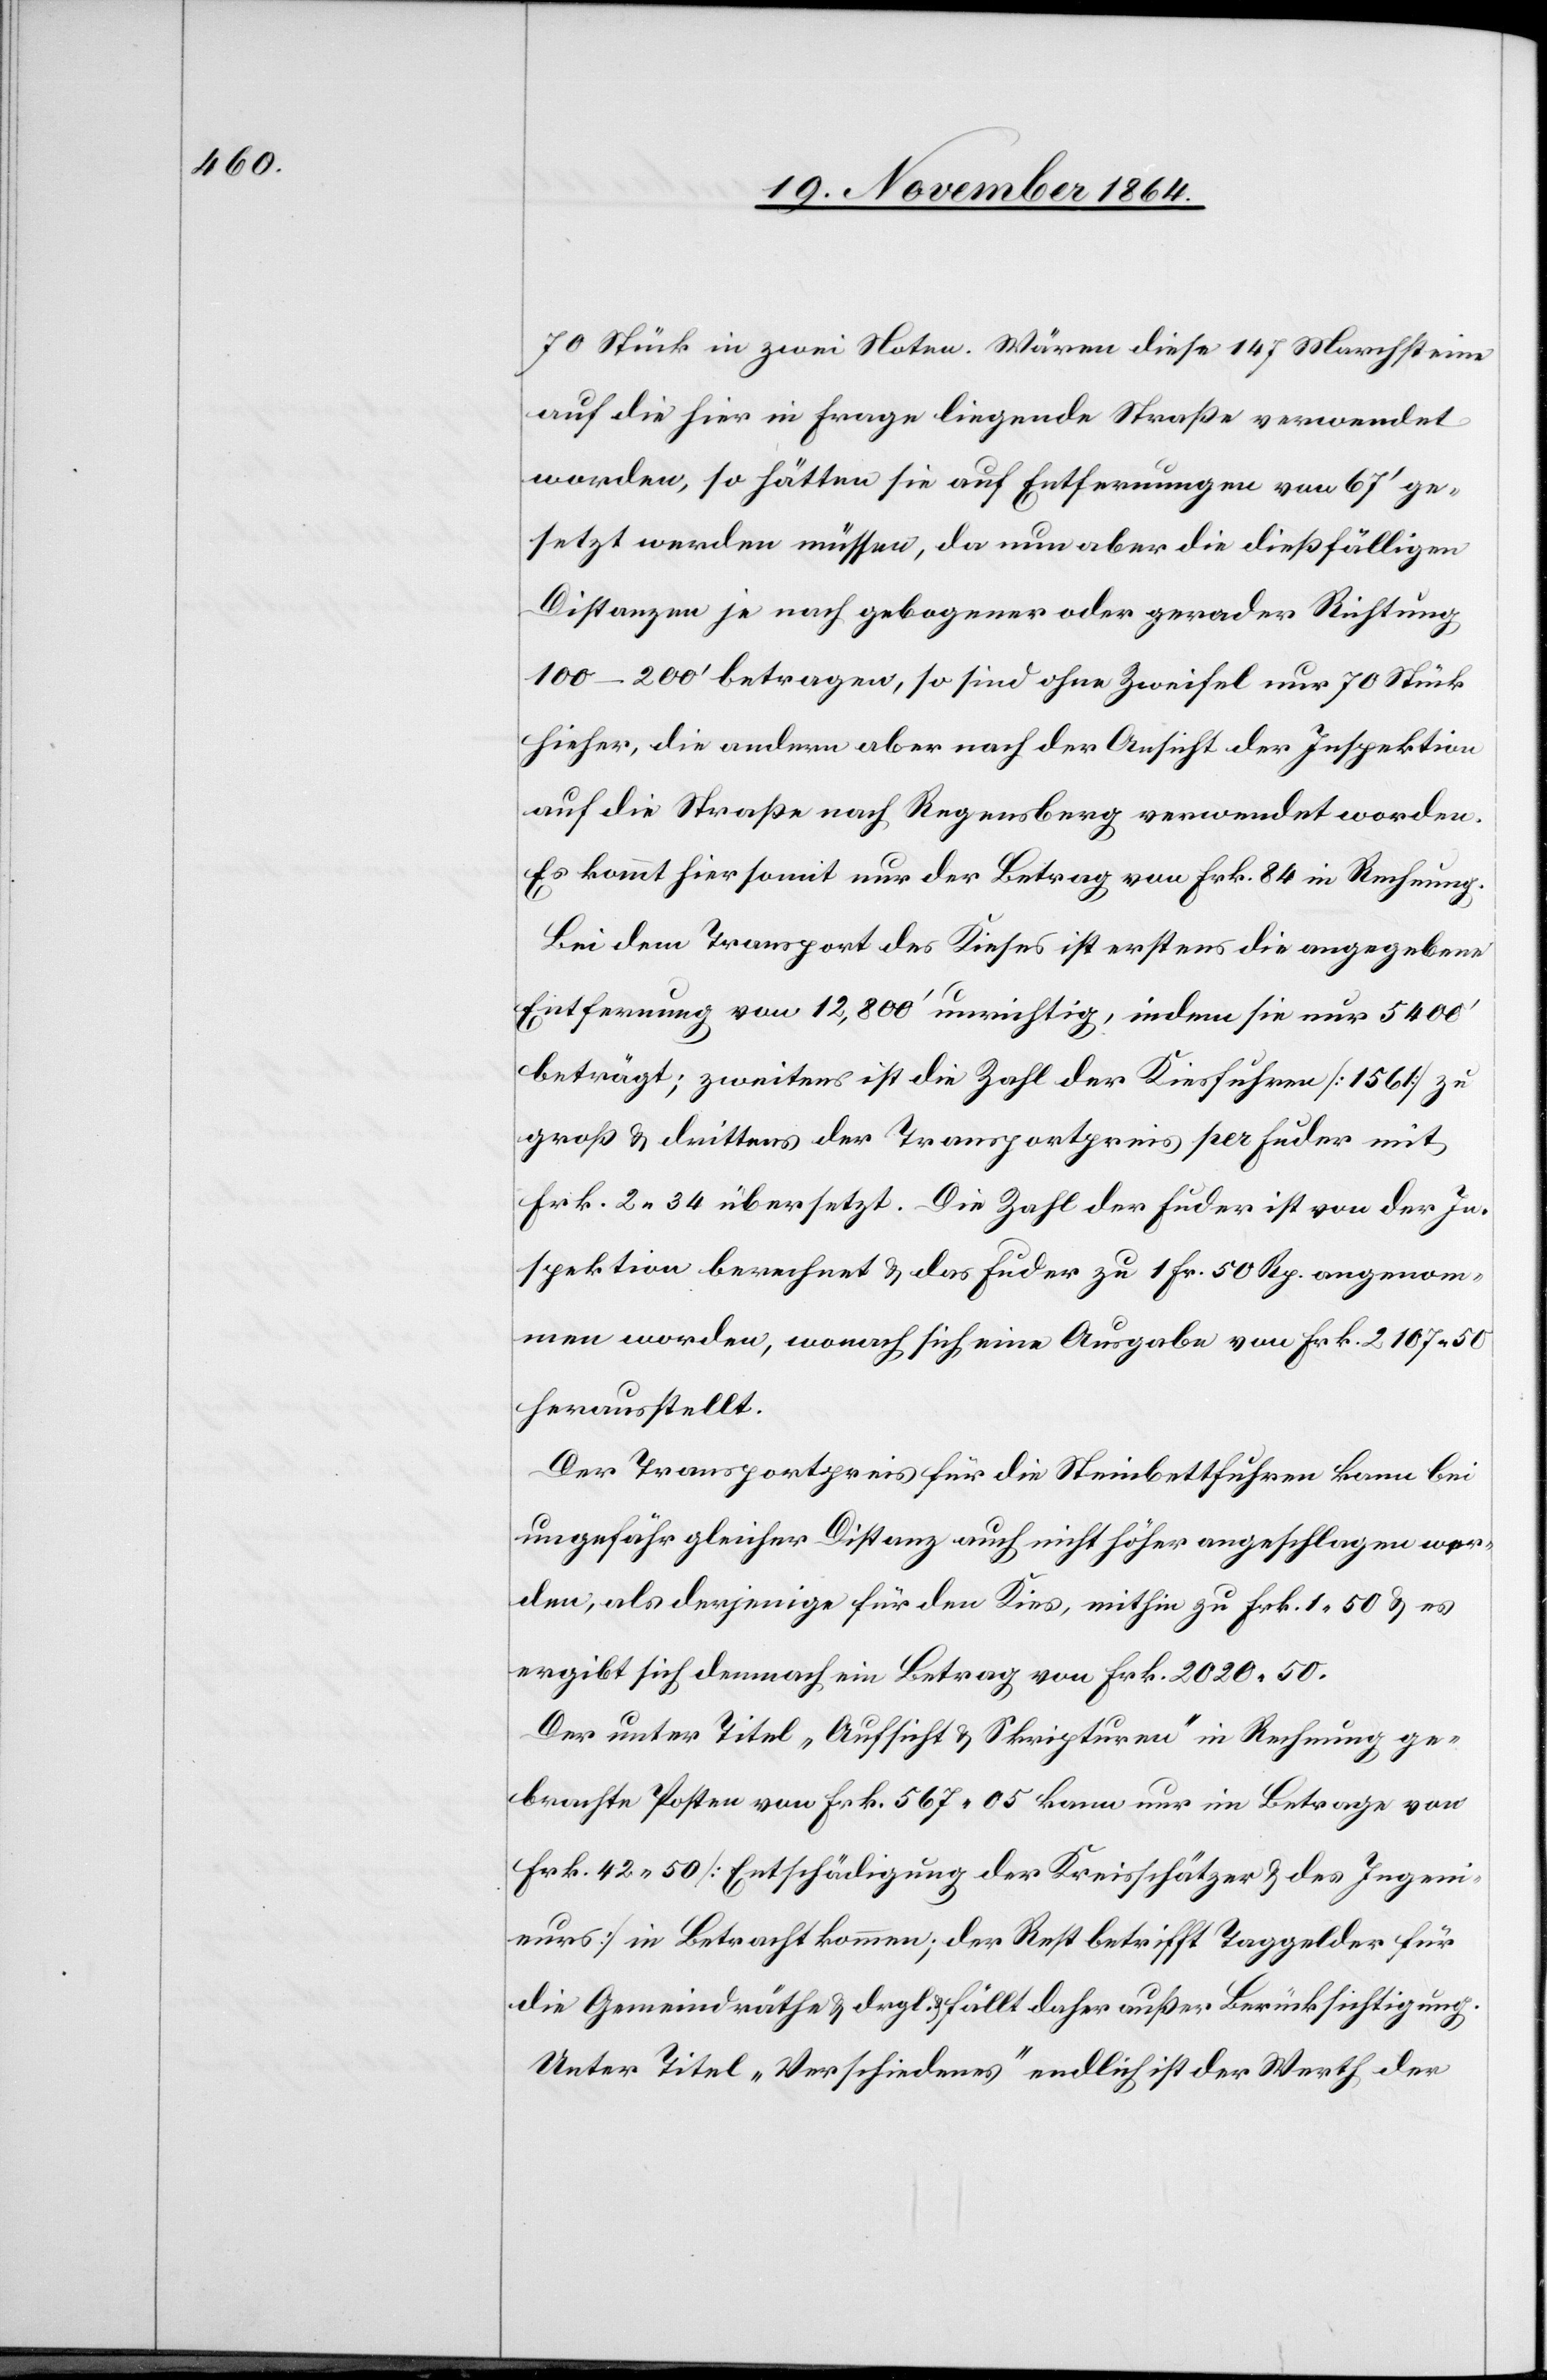
70 Stück in zwei Noten. Wären diese 147 Marchsteine
auf die hier in Frage liegende Straße verwendet
worden, so hätten sie auf Entfernungen von 67’ ge¬
setzt werden müssen, da nun aber die dießfälligen
Distanzen je nach gebogener oder gerader Richtung
100–200’ betragen, so sind ohne Zweifel nur 70 Stück
hieher, die andern aber nach der Ansicht der Inspektion
auf die Straße nach Regensberg verwendet worden.
Es kommt hier somit nur der Betrag von Frk. 84 in Rechnung.
Bei dem Transport des Kieses ist erstens die angegebene
Entfernung von 12,800’ unrichtig, indem sie nur 5400’
beträgt; zweitens ist die Zahl der Kiesfuhren [1561] zu
groß & drittens der Transportpreis per Fuder mit
Frk. 2.34 übersetzt. Die Zahl der Fuder ist von der In¬
spektion berechnet & das Fuder zu 1 Fr. 50 Rp. angenom¬
men worden, wonach sich eine Ausgabe von Frk. 2107.50
herausstellt.
Der Transportpreis für die Steinbettfuhren kann bei
ungefähr gleicher Distanz auch nicht höher angeschlagen wer¬
den, als derjenige für den Kies, mithin zu Frk. 1.50 & es
ergibt sich demnach ein Betrag von Frk. 2020.50.
Der unter Titel „Aufsicht & Skripturen“ in Rechnung ge¬
brachte Posten von Frk. 567.05 kann nur im Betrage von
Frk. 42.50 [Entschädigung der Kreisschätzer & des Ingeni¬
eurs] in Betracht kommen; der Rest betrifft Taggelder für
die Gemeindräthe & drgl. & fällt daher außer Berücksichtigung.
Unter Titel „Verschiedenes“ endlich ist der Werth der